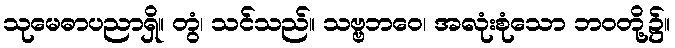
သုမေဓာပညာရှိ။ တွံ၊ သင်သည်။ သဗ္ဗဘဝေ၊ အလုံးစုံသော ဘဝတို့၌။